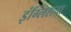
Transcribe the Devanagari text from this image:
इंग्लिशचा